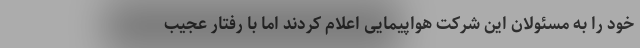
خود را به مسئولان این شرکت هواپیمایی اعلام کردند اما با رفتار عجیب